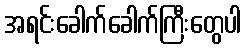
အရင်းခေါက်ခေါက်ကြီးတွေပါ